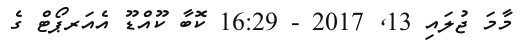
މާމަ ޖުލައި 13